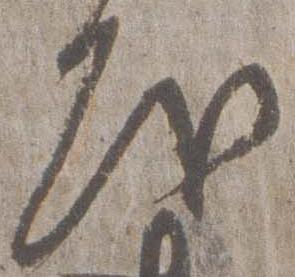
房